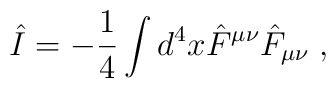
\hat{I} = - \frac{1}{4} \int d^4 x \hat{F}^{\mu \nu} \hat{F}_{\mu\nu} \;,